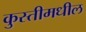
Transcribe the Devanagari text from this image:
कुस्तीमधील